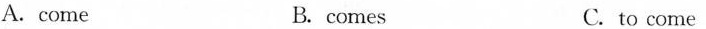
A.come B. comes C. to come